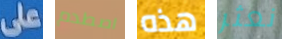
على اصطدم هذه نعثر